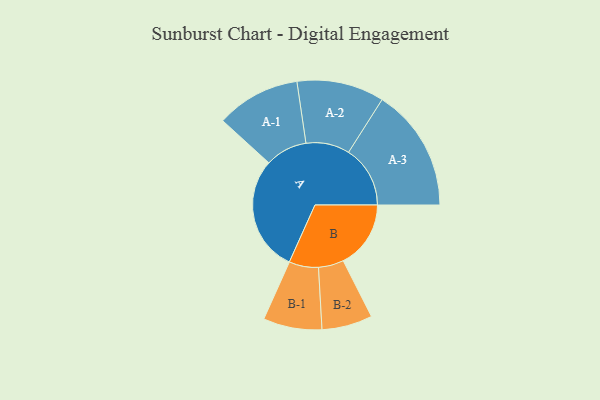
{"axis": {"x": "Segment", "y": "Value"}, "legend": ["", "A", "B"], "data": [{"x": "A", "y": 485, "type": ""}, {"x": "B", "y": 283, "type": ""}, {"x": "A-1", "y": 176, "type": "A"}, {"x": "A-2", "y": 183, "type": "A"}, {"x": "A-3", "y": 258, "type": "A"}, {"x": "B-1", "y": 123, "type": "B"}, {"x": "B-2", "y": 106, "type": "B"}]}